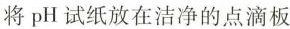
将pH试纸放在洁净的点滴板